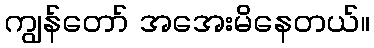
ကျွန်တော် အအေးမိနေတယ်။